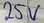
Text: 25V